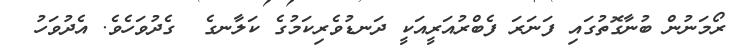
ރޯމަނުން ބުނާގޮތުގައި ފަނަރަ ފެބްރުއަރީއަކީ ދަނޑުވެރިކަމުގެ ކަލާނގެ  ގެދުވަހެވެ. އެދުވަހު